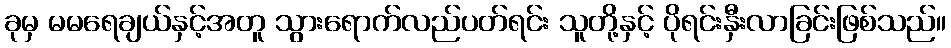
ခုမှ မမရေချယ်နှင့်အတူ သွားရောက်လည်ပတ်ရင်း သူတို့နှင့် ပိုရင်းနှီးလာခြင်းဖြစ်သည်။